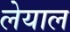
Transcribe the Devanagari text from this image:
लेयाल